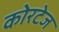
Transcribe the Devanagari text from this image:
कोरटेज